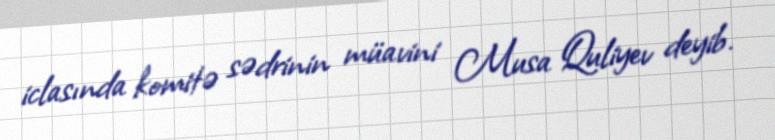
iclasında komitə sədrinin müavini Musa Quliyev deyib.